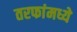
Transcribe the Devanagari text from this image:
तरफांमध्ये